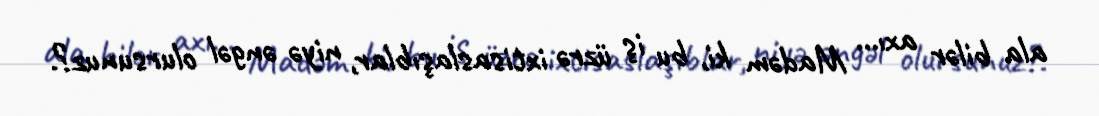
ala bilər axı... Madəm ki, bu iş üzrə ixtisaslaşıblar, niyə əngəl olursunuz?.